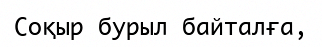
Соқыр бурыл байталға,